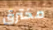
مخترق